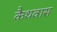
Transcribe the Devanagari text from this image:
कैथवास